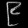
Digit: ၉